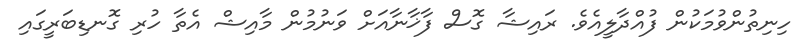
ހިނިތުންވުމަކުން ފުއްދާލީއެވެ. ރައިޝާ ގޮސް ފާޚާނާއަށް ވަނުމުން މާއިޝް އެތާ ހުރި ގޮނޑިބަރީގައި